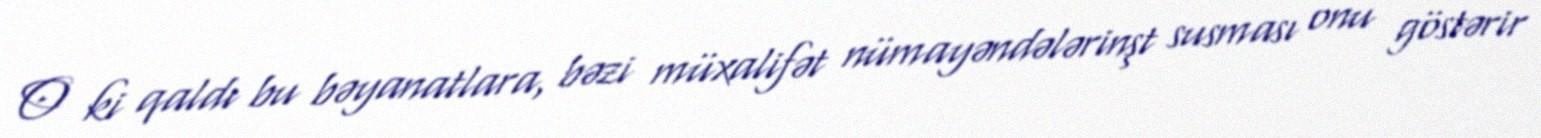
O ki qaldı bu bəyanatlara, bəzi müxalifət nümayəndələrinşt susması onu göstərir